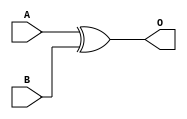
module Xor8bit
(
	input [7:0]A,
	input [7:0]B,
	output [7:0]O

);

assign O[7:0]=A[7:0]^B[7:0];



endmodule